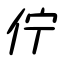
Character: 佇